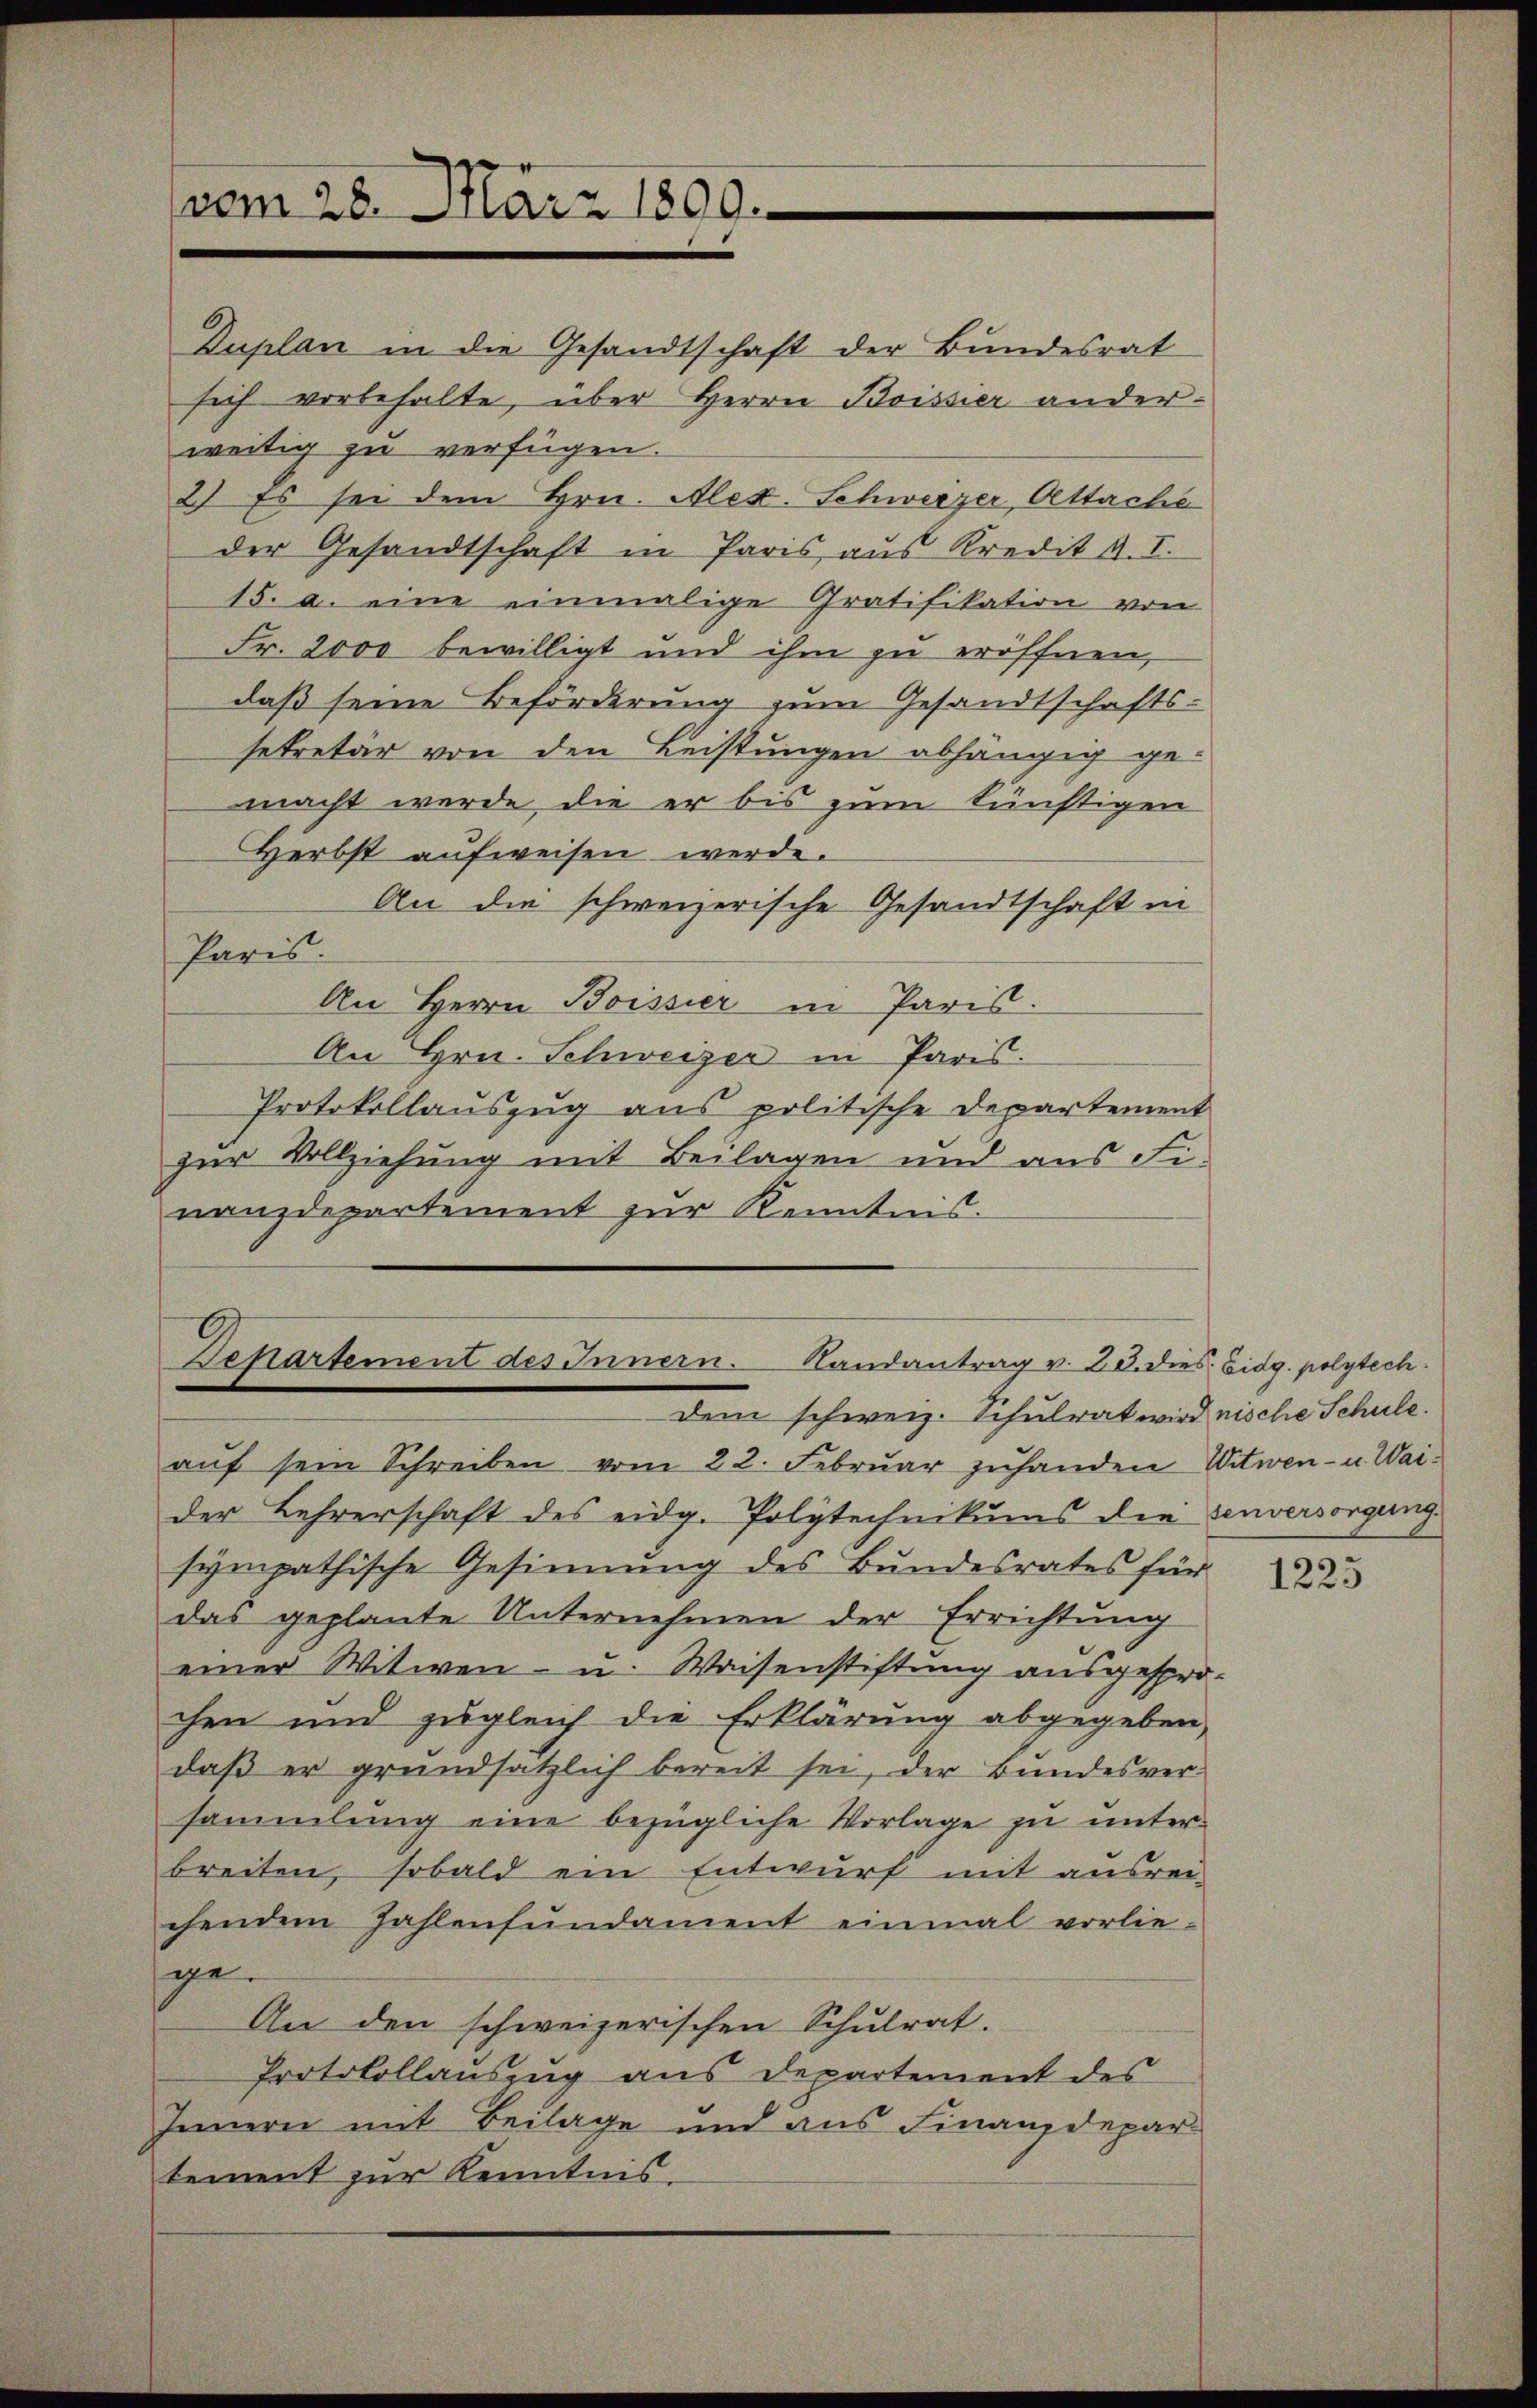
vom 28. März 1809.

Duplan in die Gesandtschaft der Bundesrat
sich vorbehalte, über Herrn Boissier ander-
weitig zu verfügen.
2) Es sei dem Hrn. Alex. Schwerzer Attache
der Gesandtschaft in Paris aus Kredit A. I.
15. a. eine einmalige Gratifikation von
Fr. 2000 bewilligt und ihm zu eröffnen,
daß seine Beförderung zum Gesandtschafts-
sekretär von den Leistungen abhängig gemacht werde, die er bis zum künftigen
Herbst aufweisen werde.
An die schweizerische Gesandtschaft in
Paris.
An Herrn Boissier in Paris.
An Hrn. Schweizer in Paris.
Protokollauszug aus politische Departement
zur Vollziehung mit Beilagen und aus Finanzdepartement zur Kenntnis.

Departement des Innern. Landantrag v. 23. die
dem schweiz. Schulrat wird nische Schule.

aŭf sein Schreiben vom 22. Febrŭar zŭhanden Witwen- u. Waider Lehrerschaft des eidg. Polytechnikums die senversorgung
sympathische Gesinnung des Bundesrates für
das geplante Unternehmen der Errichtung
einer Witwen- u. Waisenstiftung ausgespro-
chen und zugleich die Erklärung abgegeben,
daß er grundsätzlich bereit sei, der Bundesver-
sammlung eine bezügliche Vorlage zu unterbreiten, sobald ein Entwurf mit ausrei-
chenden Zahlenfundament einmal vorlie-
ge
An den schweizerischen Schulrat.
Protokollauszug aus Departement des
Innern mit Beilage und aus Finanzdepar
tement zur Kenntnis.

Eidg. polytech

1223